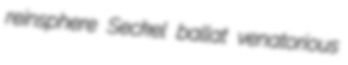
reinsphere Seckel ballat venatorious